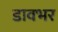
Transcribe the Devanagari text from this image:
डावभर